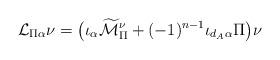
LaTeX: \begin{align*} \mathcal{L}_{\Pi\alpha}\nu=\big(\iota_\alpha\widetilde{\mathcal{M}}_\Pi^\nu+ (-1)^{n-1}\iota_{d_{A}\alpha}\Pi \big)\nu\end{align*}